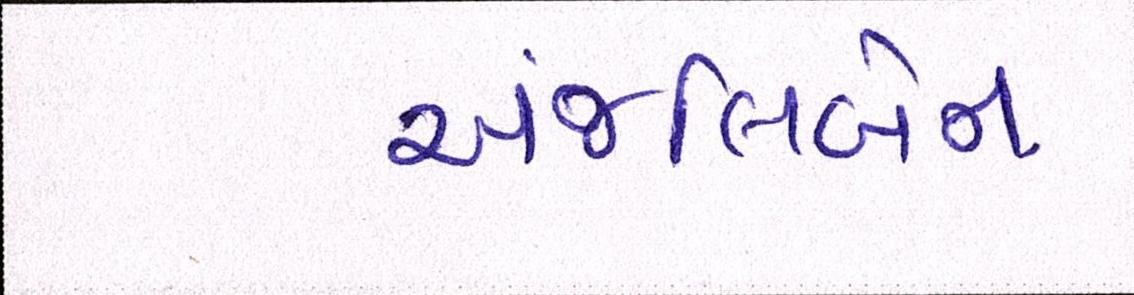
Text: અંજલિબેન